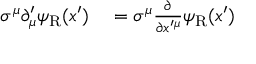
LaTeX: \begin{array} { r l } { \sigma ^ { \mu } \partial _ { \mu } ^ { \prime } \psi _ { \mathrm { { R } } } ( x ^ { \prime } ) } & { { } = \sigma ^ { \mu } { \frac { \partial } { \partial x ^ { \prime \mu } } } \psi _ { \mathrm { { R } } } ( x ^ { \prime } ) } \end{array}